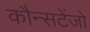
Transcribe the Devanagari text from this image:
कौन्सटेंजो